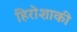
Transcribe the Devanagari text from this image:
हिरोशाकी